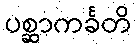
ပစ္ဆာကင်္ခတိ